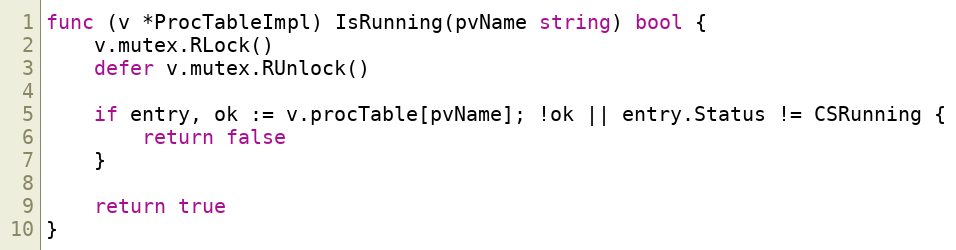
Language: Go
func (v *ProcTableImpl) IsRunning(pvName string) bool {
	v.mutex.RLock()
	defer v.mutex.RUnlock()

	if entry, ok := v.procTable[pvName]; !ok || entry.Status != CSRunning {
		return false
	}

	return true
}